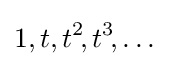
1,t,t^{2}\!,t^{3}\!,\ldots